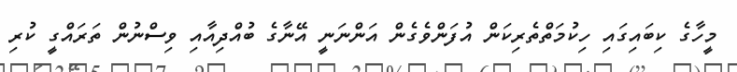
މީހާގެ ކިބައިގައި ހިކުމަތްތެރިކަން އުފަންވެގެން އަންނަނީ އޭނާގެ ބުއްދިއާއި ވިސްނުން ތަރައްގީ ކުރި